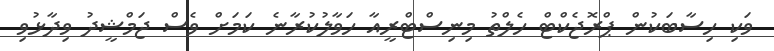
ވަކި ހިސާބަކުން ޕްރޮޖެކްޓް ހެލްތު މިނިސްޓްރީއާ ހަވާލުކުރާނެ ކަމަށް ވެސް ޖަމްޝީދު ވިދާޅުވި